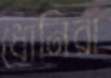
ধোনিরা